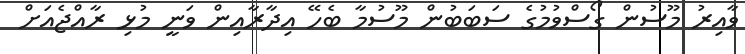
ވާއިރު މޫސުން ގޯސްވުމުގެ ސަބަބުން މޫސުމާ ބެހޭ އިދާރާއިން ވަނީ މުޅި ރާއްޖެއަށް